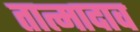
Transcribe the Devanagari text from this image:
तात्मादाव